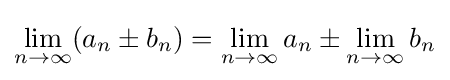
\lim _{n\to \infty }(a_{n}\pm b_{n})=\lim _{n\to \infty }a_{n}\pm \lim _{n\to \infty }b_{n}